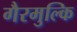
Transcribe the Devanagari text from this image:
गैरमुल्कि